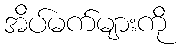
အိပ်မက်များကို